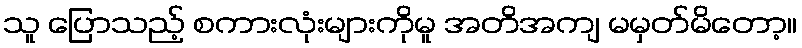
သူ ပြောသည့် စကားလုံးများကိုမူ အတိအကျ မမှတ်မိတော့။